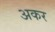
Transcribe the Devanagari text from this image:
अकर